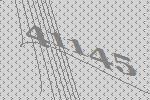
41145